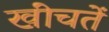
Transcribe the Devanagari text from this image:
खींचतें